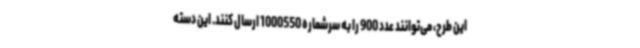
این طرح، می‌توانند عدد 900 را به سرشماره 1000550 ارسال کنند. این دسته